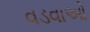
વડવાઓ